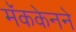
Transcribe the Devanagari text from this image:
मॅककेनने